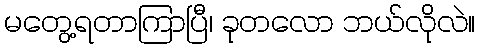
မတွေ့ရတာကြာပြီ၊ ခုတလော ဘယ်လိုလဲ။